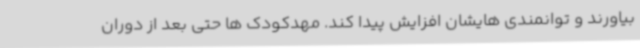
بیاورند و توانمندی هایشان افزایش پیدا کند. مهدکودک ها حتی بعد از دوران